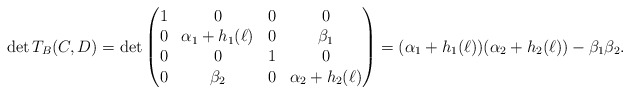
\begin{align*} \det T_{B}(C,D) = \det\begin{pmatrix} 1 & 0 & 0 & 0 \\ 0 & \alpha_1+h_1(\ell) & 0 & \beta_1 \\ 0 & 0 & 1 & 0 \\ 0 & \beta_2 & 0 & \alpha_2+h_2(\ell) \end{pmatrix} = (\alpha_1 + h_1(\ell))(\alpha_2 + h_2(\ell)) - \beta_1 \beta_2.\end{align*}